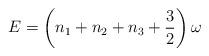
LaTeX: \begin{align*} E = \left(n_1+n_2+n_3+\dfrac{3}{2}\right)\omega\end{align*}